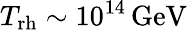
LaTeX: T_{\mathrm{rh}}\sim 10^{14}\, \textrm{GeV}